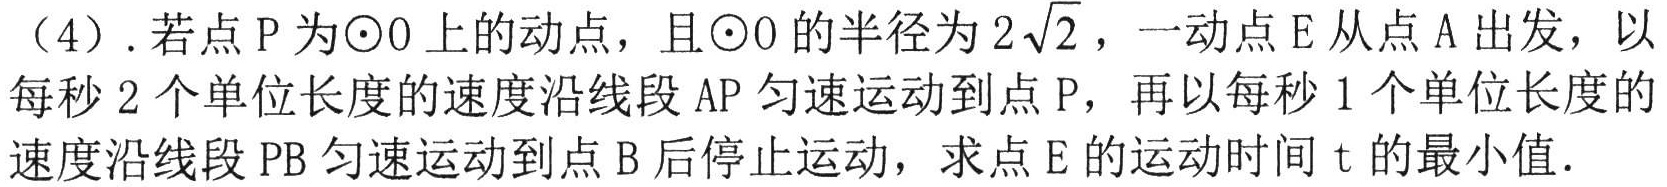
(4). 若点\(P\)为\(\odot O\)上的动点，且\(\odot O\)的半径为\(2\sqrt{2}\)，一动点\(E\)从点\(A\)出发，以
每秒\(2\)个单位长度的速度沿线段\(AP\)匀速运动到点\(P\)，再以每秒\(1\)个单位长度的
速度沿线段\(PB\)匀速运动到点\(B\)后停止运动，求点\(E\)的运动时间\(t\)的最小值.